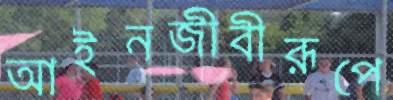
আইনজীবীরূপে